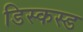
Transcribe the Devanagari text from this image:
डिस्कस्ड